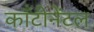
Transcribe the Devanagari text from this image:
काँटीनेंटल